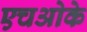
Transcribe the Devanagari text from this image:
एचओके